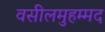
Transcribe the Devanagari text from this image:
वसीलमुहम्मद